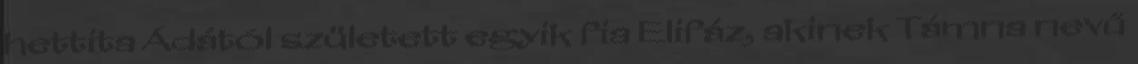
hettita Ádától született egyik fia Elifáz, akinek Támna nevű